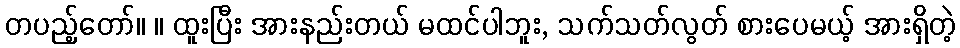
တပည့်တော်။ ။ ထူးပြီး အားနည်းတယ် မထင်ပါဘူး, သက်သတ်လွတ် စားပေမယ့် အားရှိတဲ့